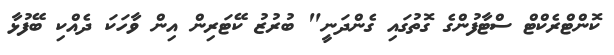
ކޮންޓްރެކްޓް ސްޓާފުންގެ ގޮތުގައި ގެންދަނީ" ބުރުޒު ކޭޓަރިން އިން ވާހަކަ ދެއްކި ބޭފުޅާ